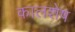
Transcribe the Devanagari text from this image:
कालशेष